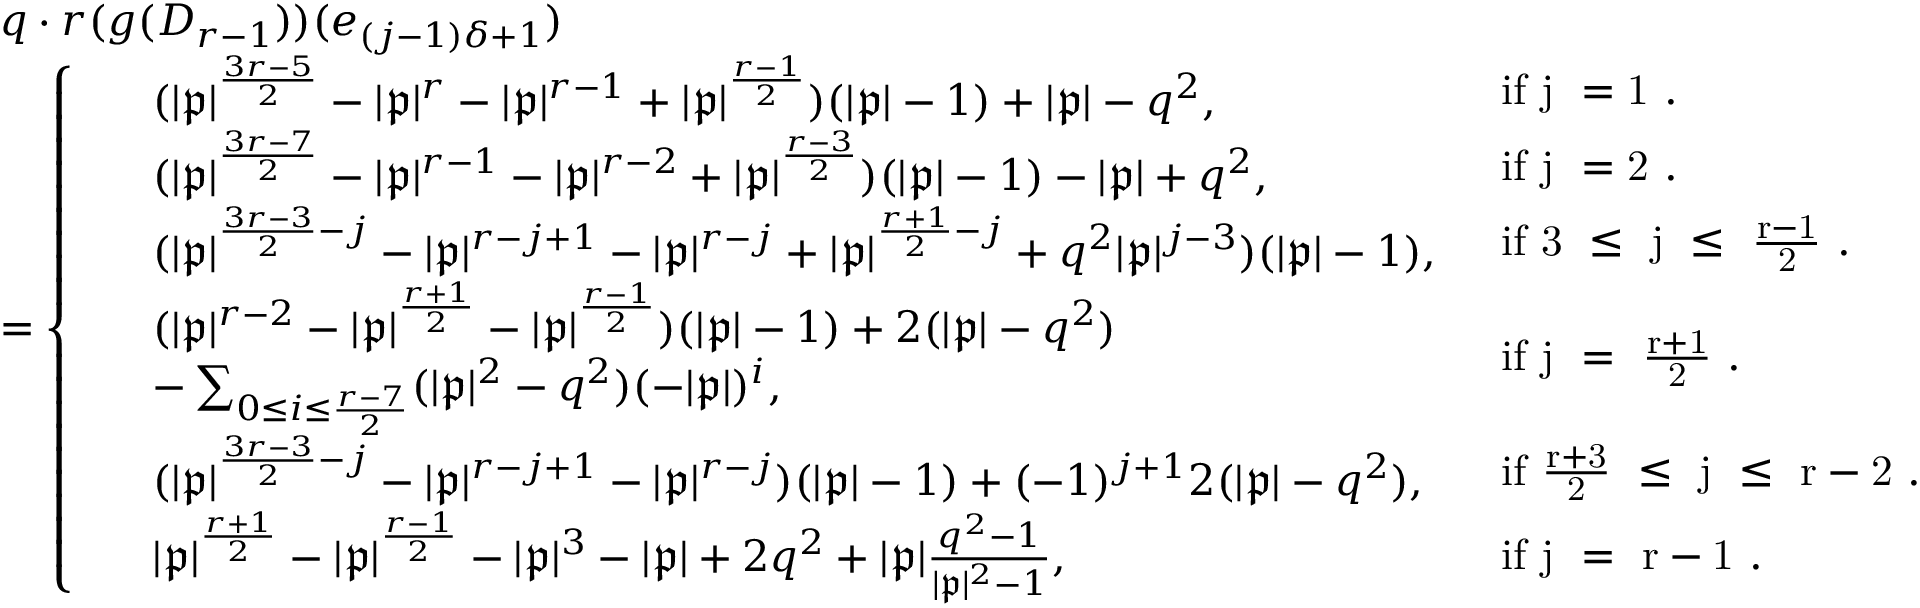
\begin{array} { r l } & { q \cdot r ( g ( D _ { r - 1 } ) ) ( e _ { ( j - 1 ) \delta + 1 } ) } \\ & { = \left\{ \begin{array} { l l } { \! \begin{array} { r l } & { ( | \mathfrak { p } | ^ { \frac { 3 r - 5 } { 2 } } - | \mathfrak { p } | ^ { r } - | \mathfrak { p } | ^ { r - 1 } + | \mathfrak { p } | ^ { \frac { r - 1 } { 2 } } ) ( | \mathfrak { p } | - 1 ) + | \mathfrak { p } | - q ^ { 2 } , } \end{array} } & { \mathrm { i f ~ j ~ = 1 ~ . } } \\ { \! \begin{array} { r l } & { ( | \mathfrak { p } | ^ { \frac { 3 r - 7 } { 2 } } - | \mathfrak { p } | ^ { r - 1 } - | \mathfrak { p } | ^ { r - 2 } + | \mathfrak { p } | ^ { \frac { r - 3 } { 2 } } ) ( | \mathfrak { p } | - 1 ) - | \mathfrak { p } | + q ^ { 2 } , } \end{array} } & { \mathrm { i f ~ j ~ = 2 ~ . } } \\ { \! \begin{array} { r l } & { ( | \mathfrak { p } | ^ { \frac { 3 r - 3 } { 2 } - j } - | \mathfrak { p } | ^ { r - j + 1 } - | \mathfrak { p } | ^ { r - j } + | \mathfrak { p } | ^ { \frac { r + 1 } { 2 } - j } + q ^ { 2 } | \mathfrak { p } | ^ { j - 3 } ) ( | \mathfrak { p } | - 1 ) , } \end{array} } & { \mathrm { i f ~ 3 ~ \leq ~ j ~ \leq ~ \frac { r - 1 } { 2 } ~ . } } \\ { \! \begin{array} { r l } & { ( | \mathfrak { p } | ^ { r - 2 } - | \mathfrak { p } | ^ { \frac { r + 1 } { 2 } } - | \mathfrak { p } | ^ { \frac { r - 1 } { 2 } } ) ( | \mathfrak { p } | - 1 ) + 2 ( | \mathfrak { p } | - q ^ { 2 } ) } \\ & { - \sum _ { 0 \leq i \leq \frac { r - 7 } { 2 } } ( | \mathfrak { p } | ^ { 2 } - q ^ { 2 } ) ( - | \mathfrak { p } | ) ^ { i } , } \end{array} } & { \mathrm { i f ~ j ~ = ~ \frac { r + 1 } { 2 } ~ . } } \\ { \! \begin{array} { r l } & { ( | \mathfrak { p } | ^ { \frac { 3 r - 3 } { 2 } - j } - | \mathfrak { p } | ^ { r - j + 1 } - | \mathfrak { p } | ^ { r - j } ) ( | \mathfrak { p } | - 1 ) + ( - 1 ) ^ { j + 1 } 2 ( | \mathfrak { p } | - q ^ { 2 } ) , } \end{array} } & { \mathrm { i f ~ \frac { r + 3 } { 2 } ~ \leq ~ j ~ \leq ~ r - 2 ~ . } } \\ { \! \begin{array} { r l } & { | \mathfrak { p } | ^ { \frac { r + 1 } { 2 } } - | \mathfrak { p } | ^ { \frac { r - 1 } { 2 } } - | \mathfrak { p } | ^ { 3 } - | \mathfrak { p } | + 2 q ^ { 2 } + | \mathfrak { p } | \frac { q ^ { 2 } - 1 } { | \mathfrak { p } | ^ { 2 } - 1 } , } \end{array} } & { \mathrm { i f ~ j ~ = ~ r - 1 ~ . } } \end{array} \right. } \end{array}